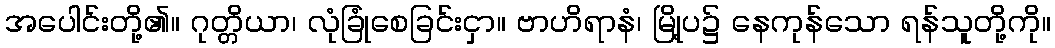
အပေါင်းတို့၏။ ဂုတ္တိယာ၊ လုံခြုံစေခြင်းငှာ။ ဗာဟိရာနံ၊ မြို့ပ၌ နေကုန်သော ရန်သူတို့ကို။